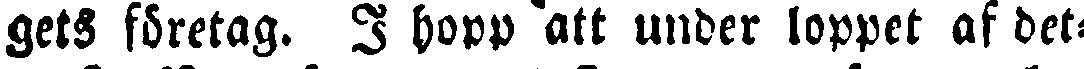
gets företag. I hopp att under loppet af det-